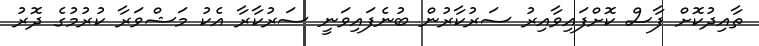
ތާއިދުކޮށް ފާސް ކޮށްފައިވާއިރު ސަރުކާރުން ބުނެފައިވަނީ ސަރުކާރާ އެކު މަޝްވަރާ ކުރުމުގެ ދޮރު